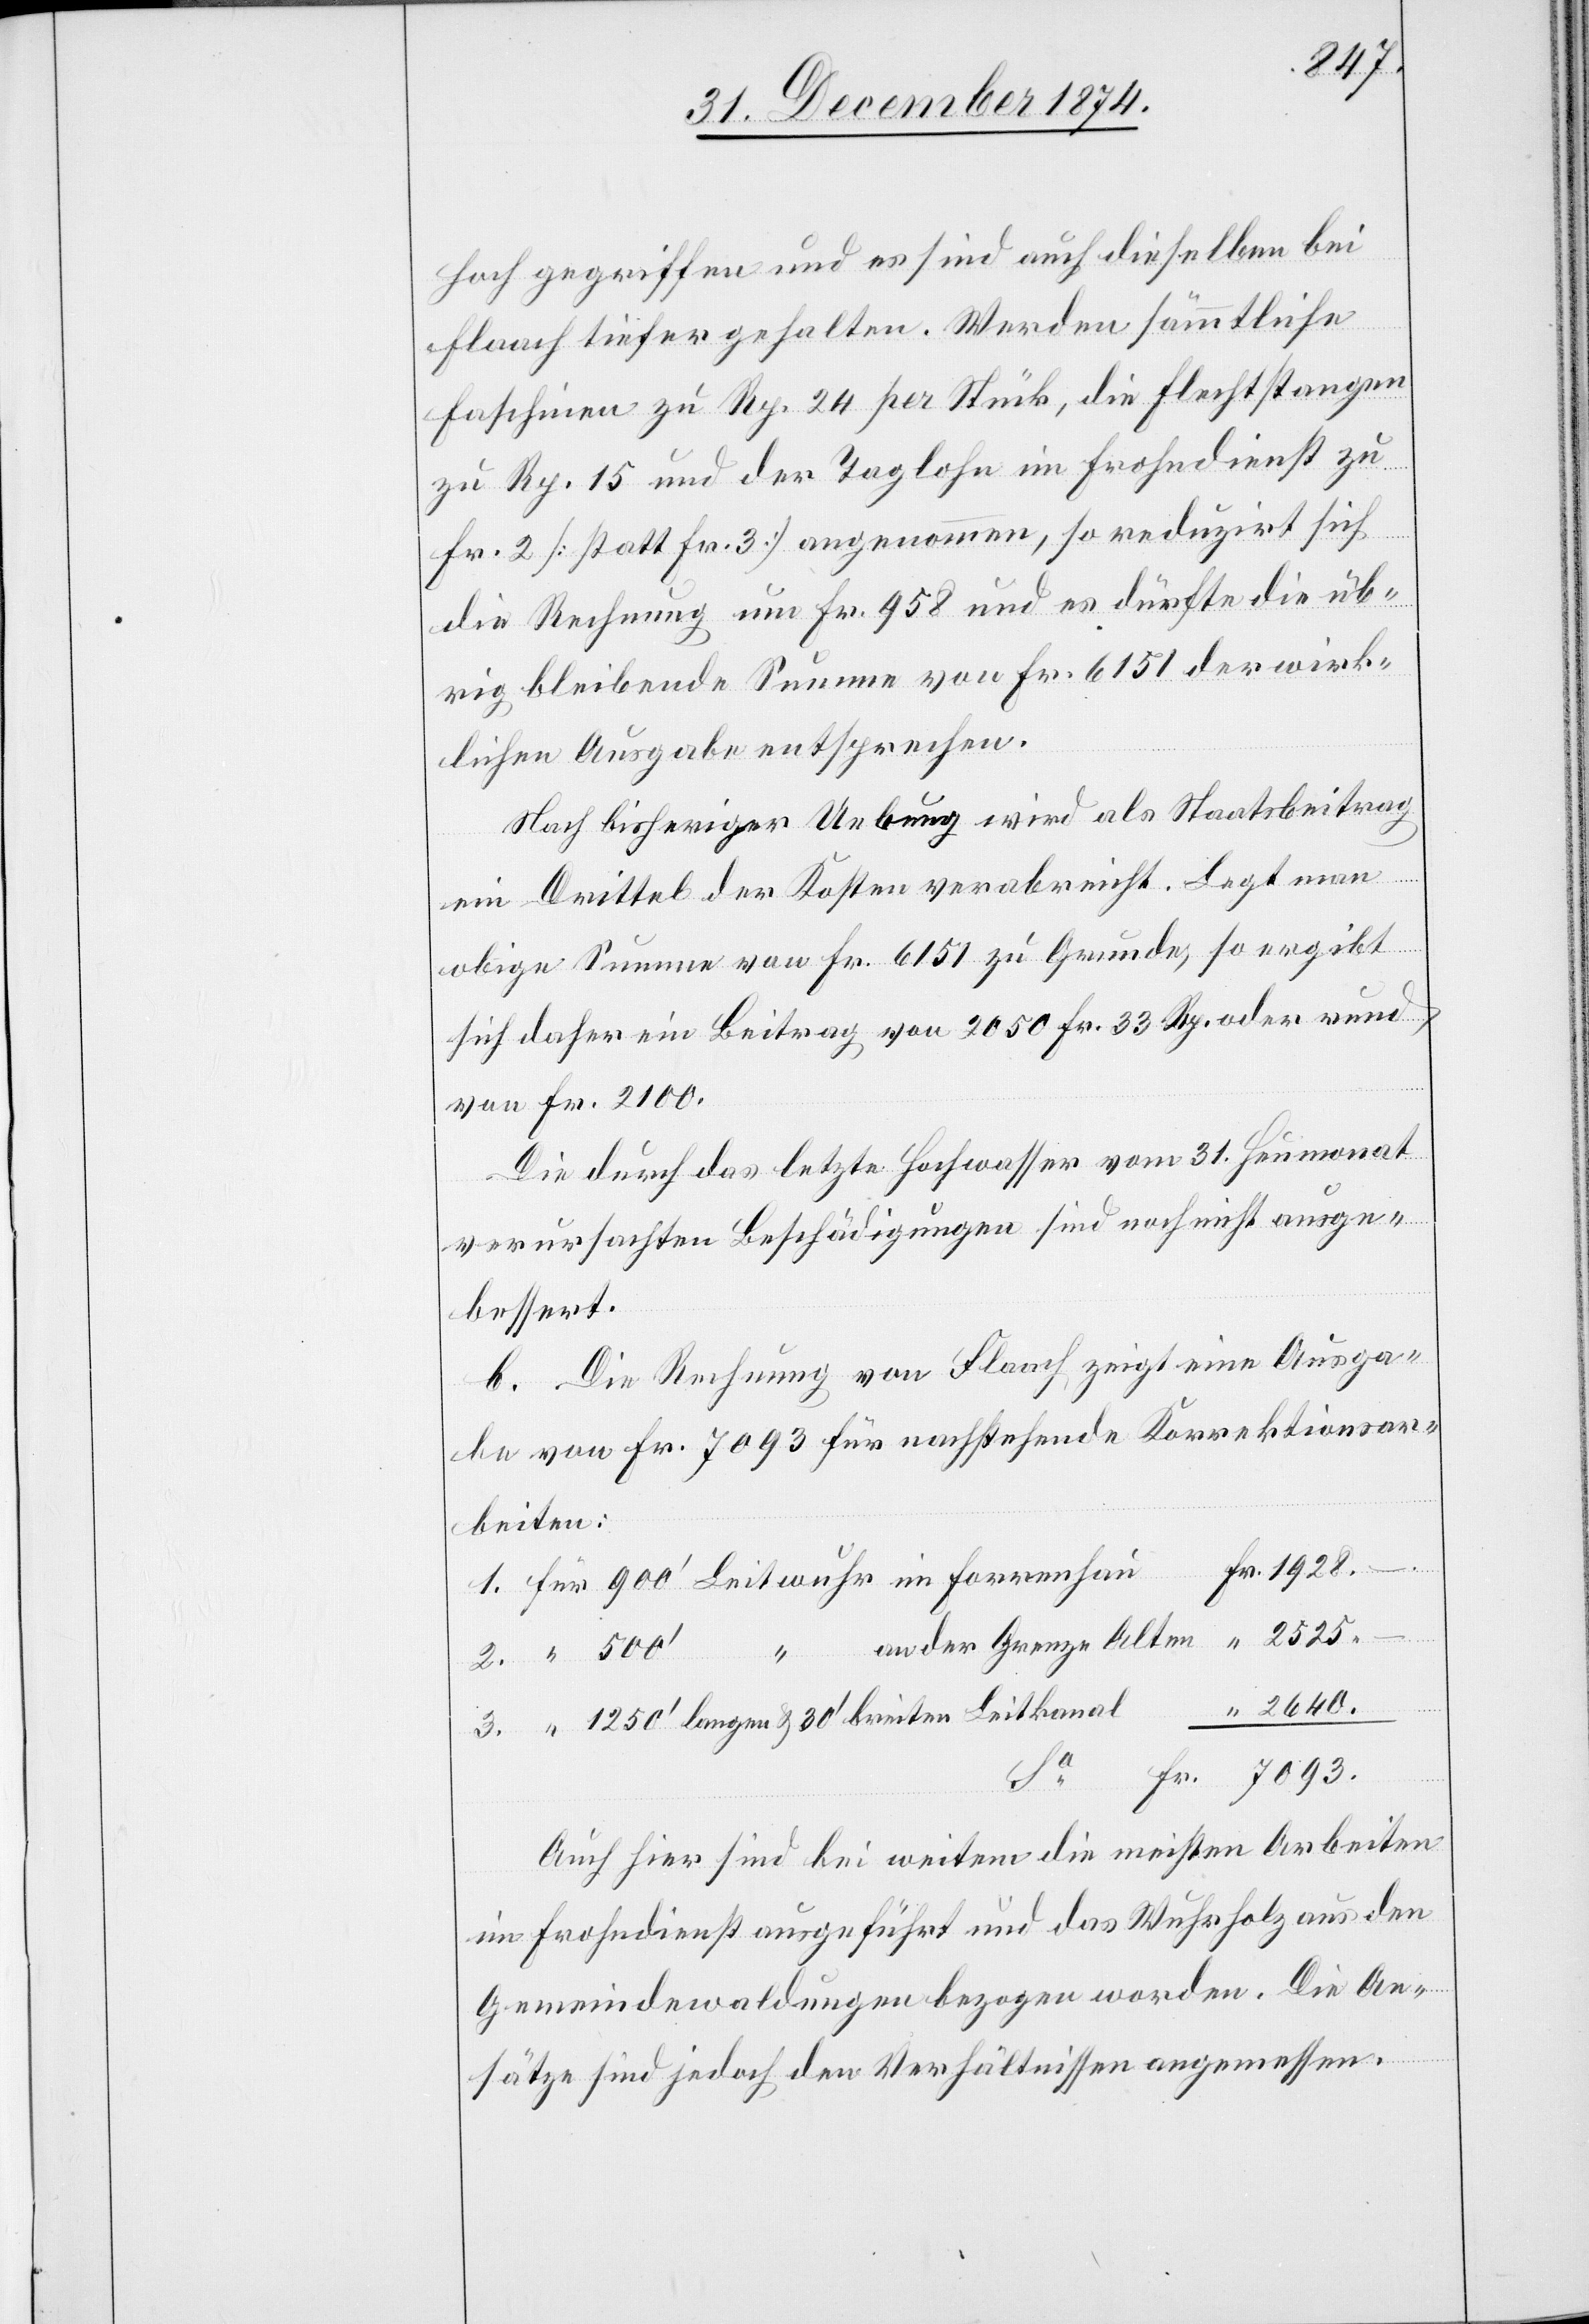
hoch gegriffen und es sind auch dieselben bei
3.
Flaach tiefer gehalten. Werden sämmtliche
Faschinen zu Rp. 24 per Stück, die Flechtstangen
zu Rp. 15 und der Taglohn im Frohndienst zu
Fr. 2 [statt Fr. 3] angenommen, so reduzirt sich
die Rechnung um Fr. 958 und es dürfte die üb¬
rig bleibende Summe von Fr. 6151 der wirk¬
lichen Ausgabe entsprechen.
Nach bisheriger Uebung wird als Staatsbeitrag
ein Drittel der Kosten verabreicht. Legt man
obige Summe von Fr. 6151 zu Grunde, so ergibt
sich daher ein Beitrag von 2050 Fr. 33 Rp. oder rund
von Fr. 2100.
Die durch das letzte Hochwasser vom 31. Heumonat
verursachten Beschädigungen sind noch nicht ausge¬
bessert.
b. Die Rechnung von Flaach zeigt eine Ausga¬
be von Fr. 7093 für nachstehende Korrektionsar¬
breiten
2640.
Auch hier sind bei weitem die meisten Arbeiten
im Frohndienst ausgeführt und das Wuhrholz aus den
Gemeindewaldungen bezogen worden. Die An¬
sätze sind jedoch den Verhältnissen angemessen.